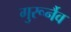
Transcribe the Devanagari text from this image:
गुरूर्नैव